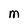
Character: M